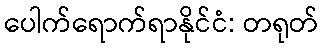
ပေါက်ရောက်ရာနိုင်ငံ: တရုတ်